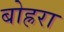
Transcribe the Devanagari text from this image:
बोह्ररा